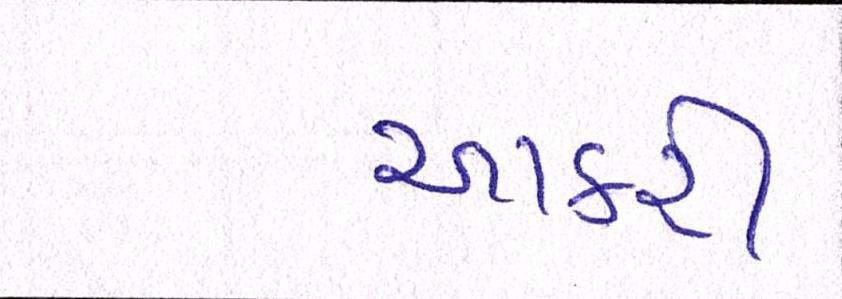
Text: આકરી